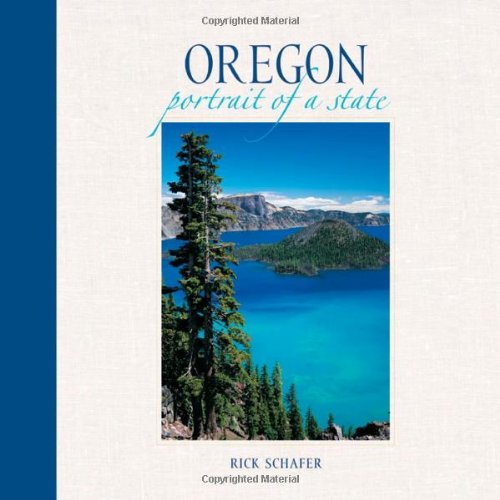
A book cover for Oregon: Portrait of a State (Portrait of a Place); Travel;